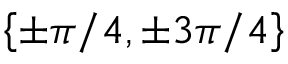
\left\{ \pm \pi / 4 , \pm 3 \pi / 4 \right\}